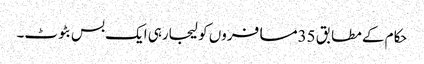
حکام کے مطابق 35مسافروں کو لیجارہی ایک بس بٹوٹ۔